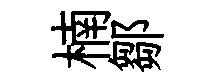
楠鄒